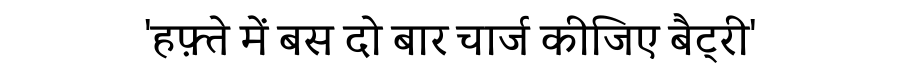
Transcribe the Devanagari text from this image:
'हफ़्ते में बस दो बार चार्ज कीजिए बैट्री'